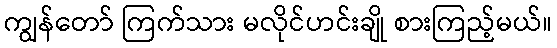
ကျွန်တော် ကြက်သား မလိုင်ဟင်းချို စားကြည့်မယ်။